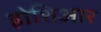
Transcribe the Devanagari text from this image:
होशिआर